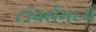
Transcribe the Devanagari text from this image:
टॉवर्समध्ये